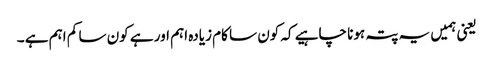
یعنی ہمیں یہ پتہ ہونا چاہیے کہ کون سا کام زیادہ اہم اور ہے کون سا کم اہم ہے ۔